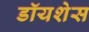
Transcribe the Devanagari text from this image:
डॉयशेस